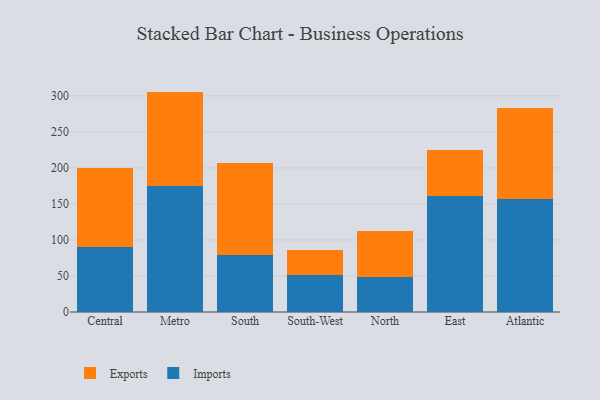
{"axis": {"x": "Region", "y": "Net Income (USD K)"}, "legend": ["Exports", "Imports"], "data": [{"x": "Central", "y": 90.2, "type": "Imports"}, {"x": "Central", "y": 109.9, "type": "Exports"}, {"x": "Metro", "y": 174.4, "type": "Imports"}, {"x": "Metro", "y": 131.5, "type": "Exports"}, {"x": "South", "y": 79.6, "type": "Imports"}, {"x": "South", "y": 126.7, "type": "Exports"}, {"x": "South-West", "y": 51.9, "type": "Imports"}, {"x": "South-West", "y": 33.9, "type": "Exports"}, {"x": "North", "y": 48.9, "type": "Imports"}, {"x": "North", "y": 63.6, "type": "Exports"}, {"x": "East", "y": 160.8, "type": "Imports"}, {"x": "East", "y": 63.5, "type": "Exports"}, {"x": "Atlantic", "y": 157.4, "type": "Imports"}, {"x": "Atlantic", "y": 125.6, "type": "Exports"}]}